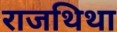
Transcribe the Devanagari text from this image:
राजथिथा